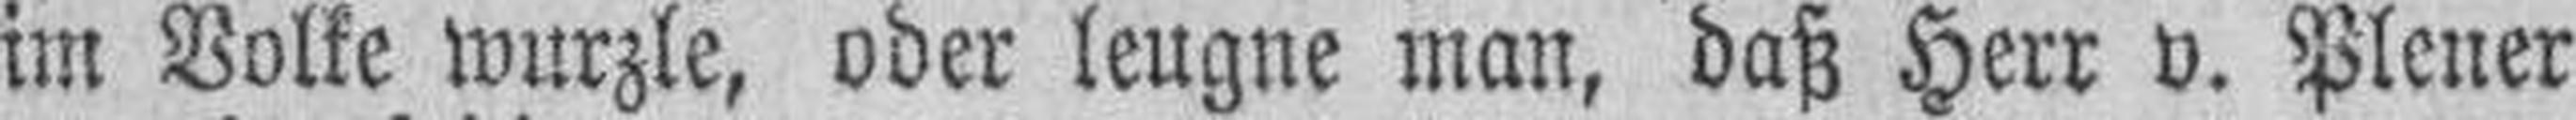
im Volke wurzle, oder leugne man, daß Herr v. Plener